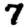
Digit: 7